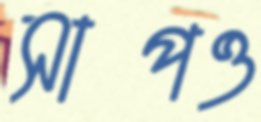
সাপও